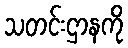
သတင်းဌာနကို